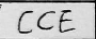
Transcription: CCE